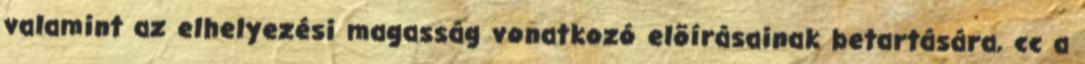
valamint az elhelyezési magasság vonatkozó elõírásainak betartására, cc a